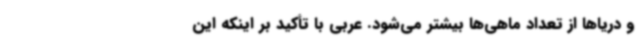
و دریاها از تعداد ماهی‌ها بیشتر می‌شود. عربی با تأکید بر اینکه این